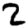
Digit: 2